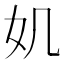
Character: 𡚫